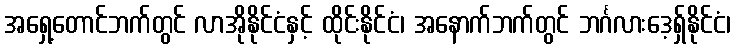
အရှေ့တောင်ဘက်တွင် လာအိုနိုင်ငံနှင့် ထိုင်းနိုင်ငံ၊ အနောက်ဘက်တွင် ဘင်္ဂလားဒေ့ရှ်နိုင်ငံ၊